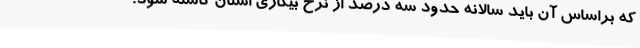
که براساس آن باید سالانه حدود سه درصد از نرخ بیکاری استان کاسته شود.